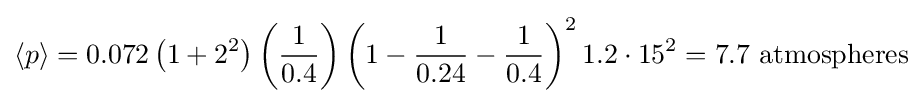
{\langle p\rangle }=0.072\left(1+2^{2}\right)\left({\frac {1}{0.4}}\right)\left(1-{\frac {1}{0.24}}-{\frac {1}{0.4}}\right)^{2}1.2\cdot 15^{2}=7.7{\text{ atmospheres}}